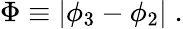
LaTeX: \Phi\equiv\left|\phi_{3}-\phi_{2}\right|\; .